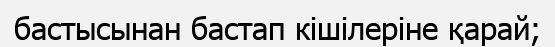
бастысынан бастап кішілеріне қарай;